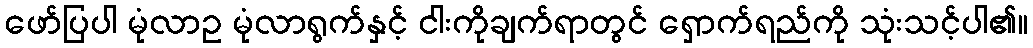
ဖော်ပြပါ မုံလာဥ မုံလာရွက်နှင့် ငါးကိုချက်ရာတွင် ရှောက်ရည်ကို သုံးသင့်ပါ၏။